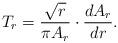
LaTeX: \begin{align*}T_{r}=\frac{\sqrt{r}}{\pi A_r}\cdot\frac{dA_r}{dr}.\end{align*}